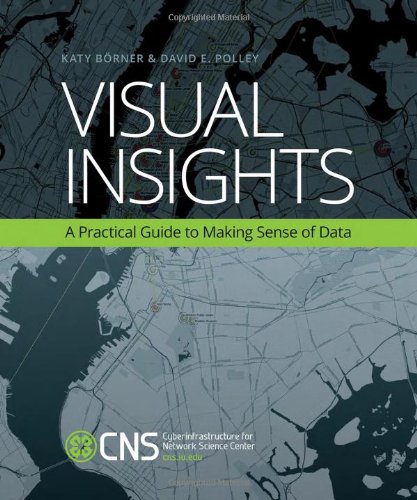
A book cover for Visual Insights: A Practical Guide to Making Sense of Data; Katy BÃ¶rner; Politics & Social Sciences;